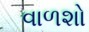
વાળશો